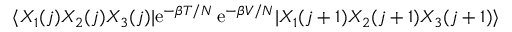
\langle X _ { 1 } ( j ) X _ { 2 } ( j ) X _ { 3 } ( j ) | \mathrm { e } ^ { - \beta T / N } \, \mathrm { e } ^ { - \beta V / N } | X _ { 1 } ( j + 1 ) X _ { 2 } ( j + 1 ) X _ { 3 } ( j + 1 ) \rangle \,